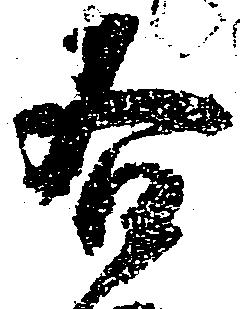
各